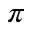
\pi